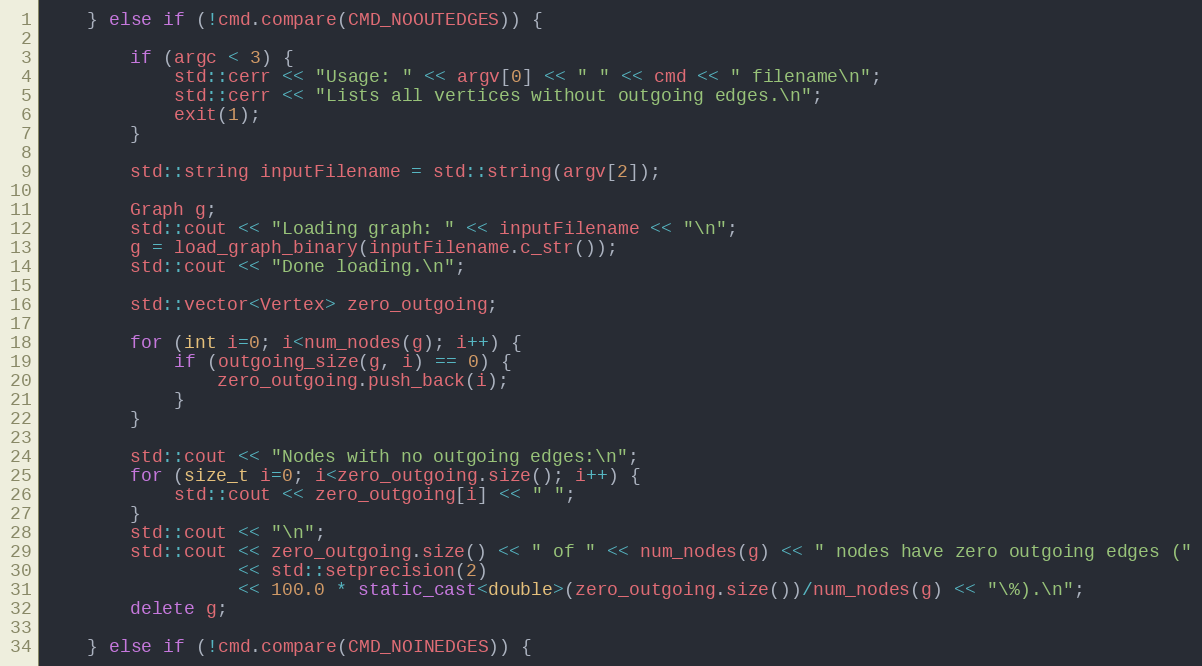
Language: C++
    } else if (!cmd.compare(CMD_NOOUTEDGES)) {

        if (argc < 3) {
            std::cerr << "Usage: " << argv[0] << " " << cmd << " filename\n";
            std::cerr << "Lists all vertices without outgoing edges.\n";
            exit(1);
        }

        std::string inputFilename = std::string(argv[2]);

        Graph g;
        std::cout << "Loading graph: " << inputFilename << "\n";
        g = load_graph_binary(inputFilename.c_str());
        std::cout << "Done loading.\n";

        std::vector<Vertex> zero_outgoing;

        for (int i=0; i<num_nodes(g); i++) {
            if (outgoing_size(g, i) == 0) {
                zero_outgoing.push_back(i);
            }
        }

        std::cout << "Nodes with no outgoing edges:\n";
        for (size_t i=0; i<zero_outgoing.size(); i++) {
            std::cout << zero_outgoing[i] << " ";
        }
        std::cout << "\n";
        std::cout << zero_outgoing.size() << " of " << num_nodes(g) << " nodes have zero outgoing edges ("
                  << std::setprecision(2)
                  << 100.0 * static_cast<double>(zero_outgoing.size())/num_nodes(g) << "\%).\n";
        delete g;

    } else if (!cmd.compare(CMD_NOINEDGES)) {